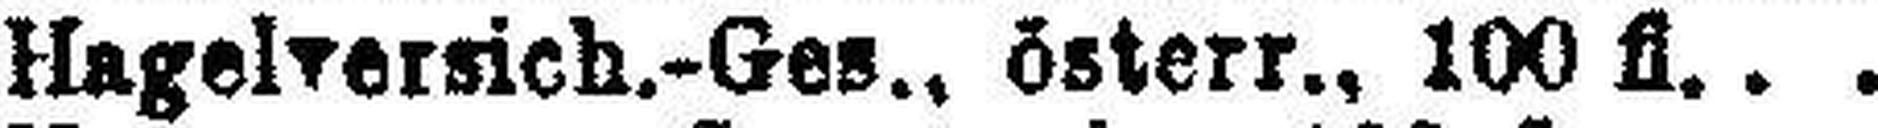
Hagelversich.-Ges., österr., 100 fl.